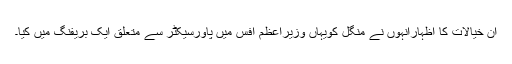
ان خیالات کا اظہارانہوں نے منگل کویہاں وزیراعظم آفس میں پاورسیکٹر سے متعلق ایک بریفنگ میں کیا۔